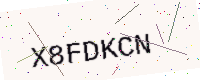
Text: X8FDKCN